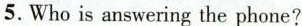
5.Who is answering the phone?